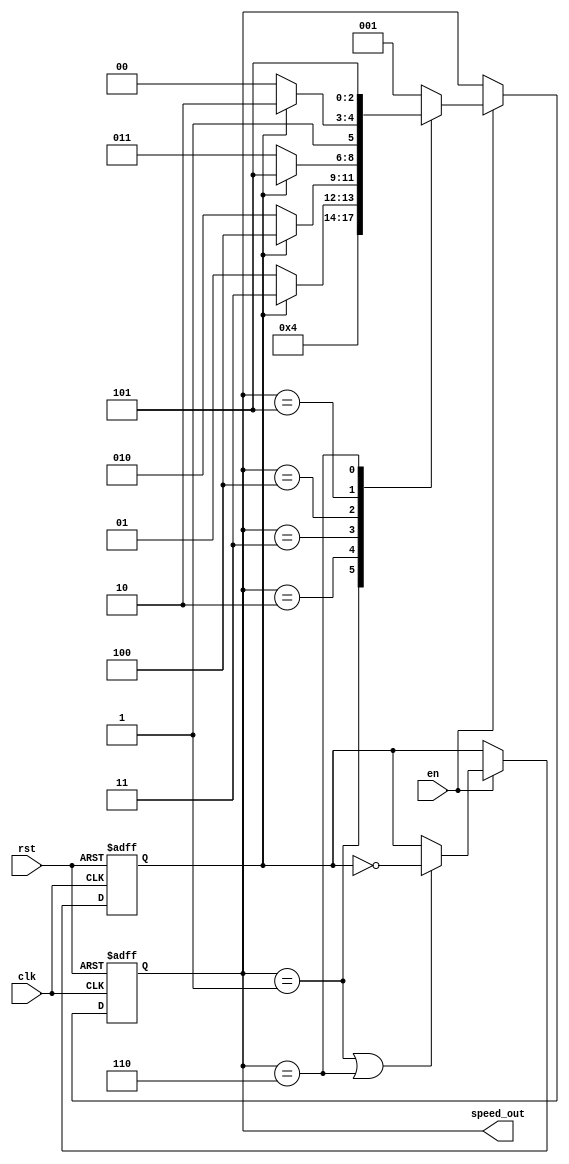
module speed_selector(
	// IO declaration 
	input wire clk,
	input wire rst,
	input wire en,
	output wire [2:0] speed_out);

// inner regs 
reg [2:0] cs;
reg [2:0] ns;
reg flag;

// parameters: states that are passed to motor 
parameter state10 = 3'b001;
parameter state20 = 3'b010;
parameter state30 = 3'b011;
parameter state40 = 3'b100;
parameter state50 = 3'b101;
parameter state60 = 3'b110;


// update current state to the next state logic 
always @(posedge clk or negedge rst)
begin 
	if (~rst)
		begin 
			cs <= state10;
			flag <= 1'b0;
		end 
	else if (en)
		begin 
			cs <= ns;
			if ((cs == state10) | (cs == state60))
				flag <= (~flag);	// change the flag when at 10/60 rpm to go to the opposite side 
		end 
end 

// state machine 
always @(*)
	begin
		case (cs)
			state10: ns = state20;
			state20: ns = (flag) ? state30 : state10;
			state30:	ns = (flag) ? state40 : state20;
			state40:	ns = (flag) ? state50 : state30;
			state50:	ns = (flag) ? state60 : state40;
			state60:	ns = state50;
			default: ns = state10;
		endcase
	end 
	
assign speed_out = cs;

endmodule